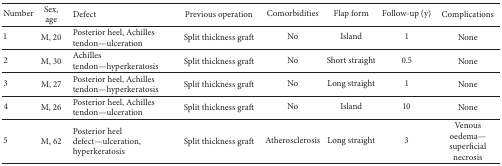
| Number | Sex, age | Defect | Previous operation | Comorbidities | Flap form | Follow-up (y) | Complications |
 | --- | --- | --- | --- | --- | --- | --- | --- |
 | 1 | M, 20 | Posterior heel, Achilles tendon—ulceration | Split thickness graft | No | Island | 1 | None |
 | 2 | M, 30 | Achilles tendon—hyperkeratosis | Split thickness graft | No | Short straight | 0.5 | None |
 | 3 | M, 27 | Posterior heel, Achilles tendon—hyperkeratosis | Split thickness graft | No | Long straight | 1 | None |
 | 4 | M, 26 | Posterior heel, Achilles tendon—ulceration | Split thickness graft | No | Island | 10 | None |
 | 5 | M, 62 | Posterior heel defect—ulceration, hyperkeratosis | Split thickness graft | Atherosclerosis | Long straight | 3 | Venous oedema—superficial necrosis |